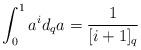
LaTeX: \begin{align*}\int_0^1a^id_qa=\frac1{[i+1]_q}\end{align*}